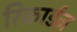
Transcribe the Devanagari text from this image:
रिकार्डज़